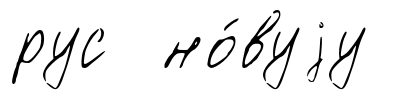
рус но́вуjу